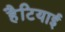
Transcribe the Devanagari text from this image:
हैटियाई